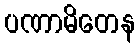
ပဏာမိတေန